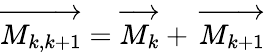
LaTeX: \overrightarrow{M_{k,k+1}}=\overrightarrow{M_{k}}+\, \overrightarrow{M_{k+1}}